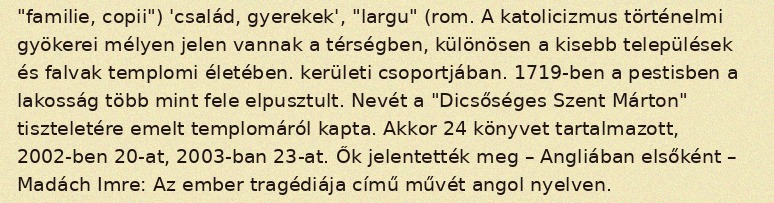
"familie, copii") 'család, gyerekek', "largu" (rom. A katolicizmus történelmi gyökerei mélyen jelen vannak a térségben, különösen a kisebb települések és falvak templomi életében. kerületi csoportjában. 1719-ben a pestisben a lakosság több mint fele elpusztult. Nevét a "Dicsőséges Szent Márton" tiszteletére emelt templomáról kapta. Akkor 24 könyvet tartalmazott, 2002-ben 20-at, 2003-ban 23-at. Ők jelentették meg – Angliában elsőként – Madách Imre: Az ember tragédiája című művét angol nyelven.